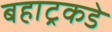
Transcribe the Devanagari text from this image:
बहाट्रकडे